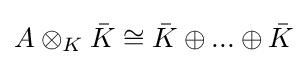
A\otimes _{K}{\bar {K}}\cong {\bar {K}}\oplus ...\oplus {\bar {K}}